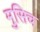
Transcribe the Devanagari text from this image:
मुसिच